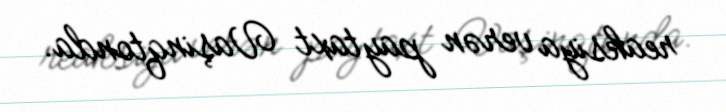
reaksiya verən paytaxt Vaşinqtonda.